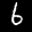
Label: 6